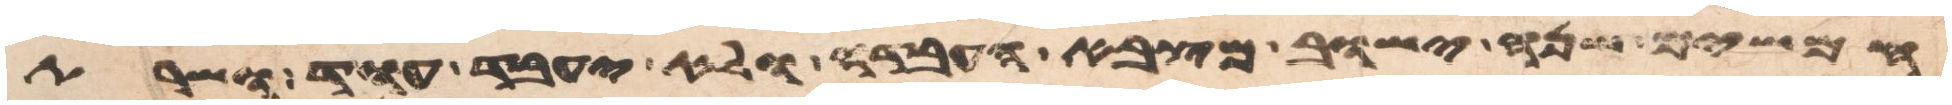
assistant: חמשים שנה ישוב מצבא העבדה ולא יעבד עוד ושרת